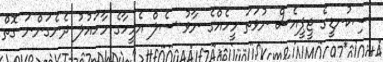
ސިކުނޑީގެ ޖީޕީއެސް ނުވަތަ މީހެއްގެ ނާވު ސެލް އެމީހާގެ މާހައުލު ދެނެގަންނަ ގޮތް